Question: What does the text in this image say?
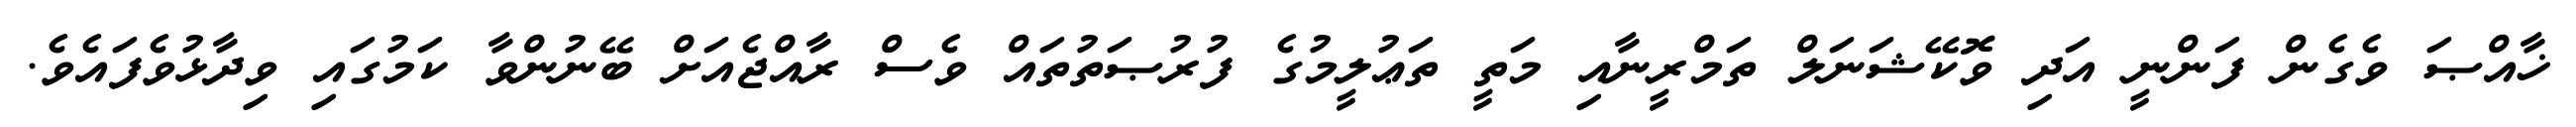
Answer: ޚާއްޞަ ވެގެން ފަންނީ އަދި ވޮކޭޝަނަލް ތަމްރީނާއި މަތީ ތަޢުލީމުގެ ފުރުޞަތުތައް ވެސް ރާއްޖެއަށް ބޭނުންވާ ކަމުގައި ވިދާޅުވެފައެވެ.